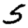
Digit: 5